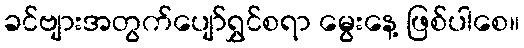
ခင်ဗျားအတွက်ပျော်ရွှင်စရာ မွေးနေ့ ဖြစ်ပါစေ။